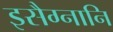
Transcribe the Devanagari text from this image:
इसैग्नानि